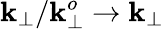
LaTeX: \mathbf{k}_{\perp}/\mathbf{k}_{\perp}^{o}\rightarrow\mathbf{k}_{\perp}